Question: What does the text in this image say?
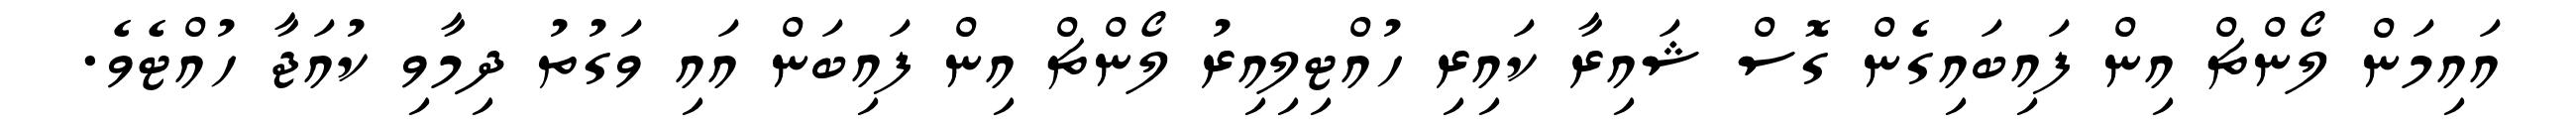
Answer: އައިމަން ލޯންޗް އިން ފައިބައިގެން ގޮސް ޝައިރާ ކައިރި ހުއްޓިލިއިރު ލޯންޗް އިން ފައިބަން އައި ވަގުތު ދިމާވި ކުއަޖާ ހުއްޓެވެ.